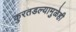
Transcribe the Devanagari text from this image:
कुरतडल्यामुळेही